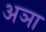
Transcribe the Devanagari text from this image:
अञा